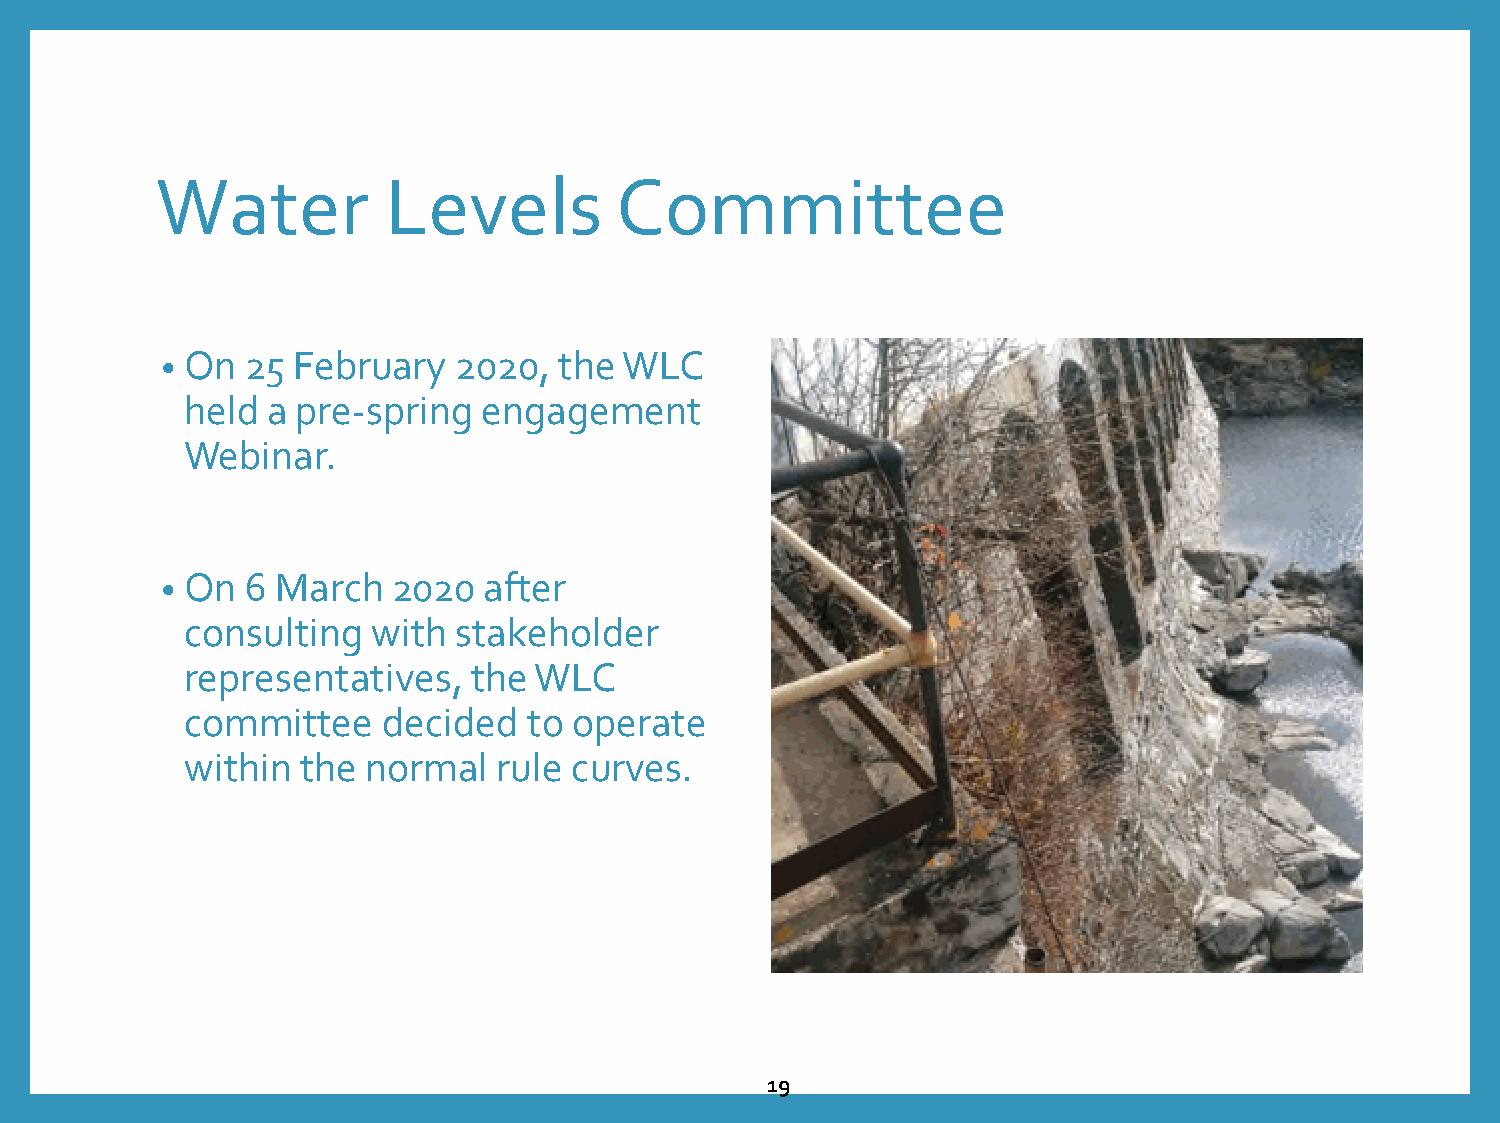
Water          Levels          Committee
 • On 25 February   2020,  the WLC
 held  a pre-spring  engagement
 Webinar.
 • On 6 March   2020  after
 consulting   with stakeholder
 representatives,   the WLC
 committee    decided   to operate
 within  the normal   rule curves.
 19